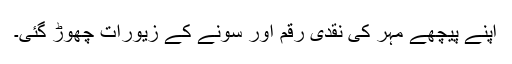
اپنے پیچھے مہر کی نقدی رقم اور سونے کے زیورات چھوڑ گئی۔